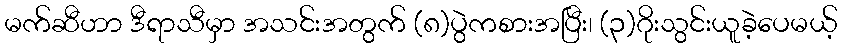
မက်ဆီဟာ ဒီရာသီမှာ အသင်းအတွက် (၈)ပွဲကစားအပြီး၊ (၃)ဂိုးသွင်းယူခဲ့ပေမယ့်